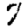
Digit: 7